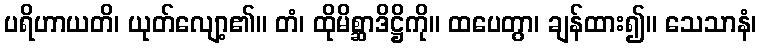
ပရိဟာယတိ၊ ယုတ်လျော့၏။ တံ၊ ထိုမိစ္ဆာဒိဋ္ဌိကို။ ထပေတွာ၊ ချန်ထား၍။ သေသာနံ၊